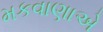
મકવાણાએ